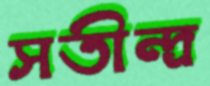
সতীন্দ্র